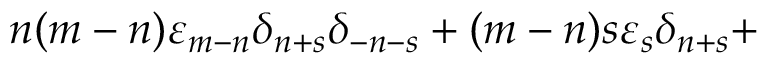
n ( m - n ) { \varepsilon } _ { m - n } { \delta } _ { n + s } { \delta } _ { - n - s } + ( m - n ) s { \varepsilon } _ { s } { \delta } _ { n + s } +